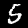
Label: 5